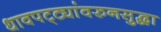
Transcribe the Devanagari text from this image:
धावपट्ट्यांवरुनसुद्धा